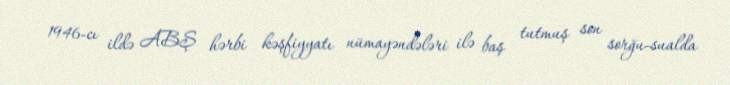
1946-cı ildə ABŞ hərbi kəşfiyyatı nümayəndələri ilə baş tutmuş son sorğu-sualda